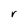
Character: r